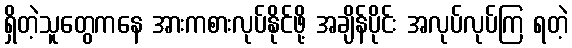
ရှိတဲ့သူတွေကနေ အားကစားလုပ်နိုင်ဖို့ အချိန်ပိုင်း အလုပ်လုပ်ကြ ရတဲ့